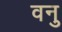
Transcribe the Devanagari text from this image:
वनु